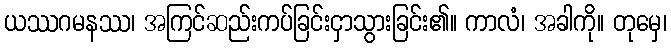
ယဿဂမနဿ၊ အကြင်ဆည်းကပ်ခြင်းငှာသွားခြင်း၏။ ကာလံ၊ အခါကို။ တုမှေ၊